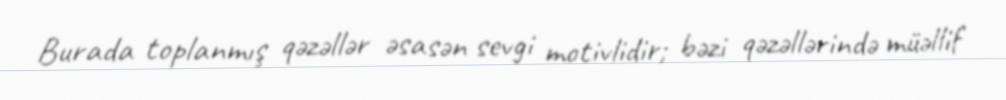
Burada toplanmış qəzəllər əsasən sevgi motivlidir; bəzi qəzəllərində müəllif